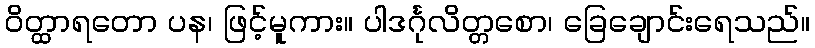
ဝိတ္ထာရတော ပန၊ ဖြင့်မူကား။ ပါဒင်္ဂုလိတ္တစော၊ ခြေချောင်းရေသည်။